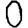
Digit: 0